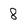
Character: 8